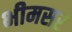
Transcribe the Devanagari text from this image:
भीमसर